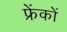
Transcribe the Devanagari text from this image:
फ्रेंकों